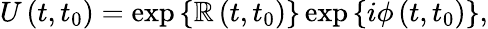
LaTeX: U\left(t,t_{0}\right)=\exp\left\{ \mathbb{R}\left(t,t_{0}\right)\right\} \exp\left\{ i\phi\left(t,t_{0}\right)\right\} ,